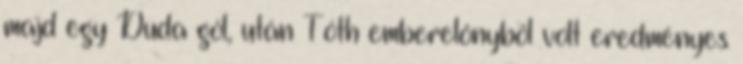
majd egy Duda gól, után Tóth emberelőnyből volt eredményes